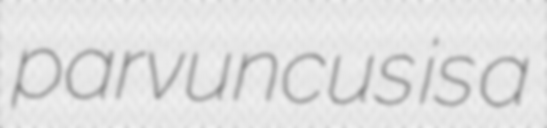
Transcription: parvuncus is a